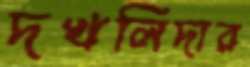
দখলিদার